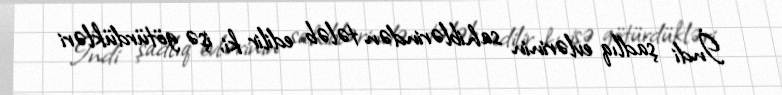
İndi şadlıq evlərinin sahiblərindən tələb edilir ki, işə götürdükləri